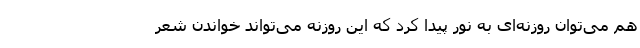
هم می‌توان روزنه‌ای به نور پیدا کرد که این روزنه می‌تواند خواندن شعر